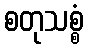
စတုသစ္စံ